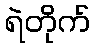
ရဲတိုက်